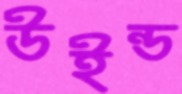
উইন্ড